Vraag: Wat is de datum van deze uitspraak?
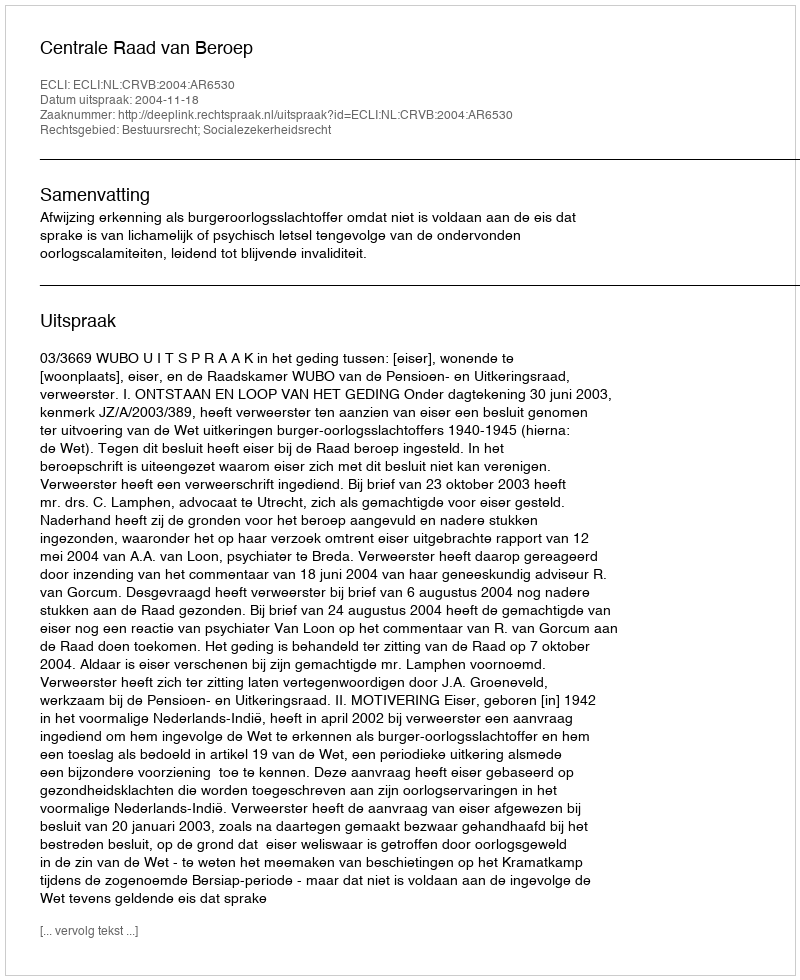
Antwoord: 2004-11-18